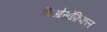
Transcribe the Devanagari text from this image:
थिओसोफ़िकल